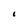
Character: I